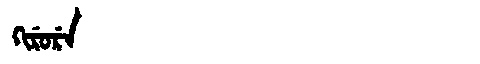
Manchu: ᡴᡳᡵᡠᡵᡝ
Romanization: KIRURE